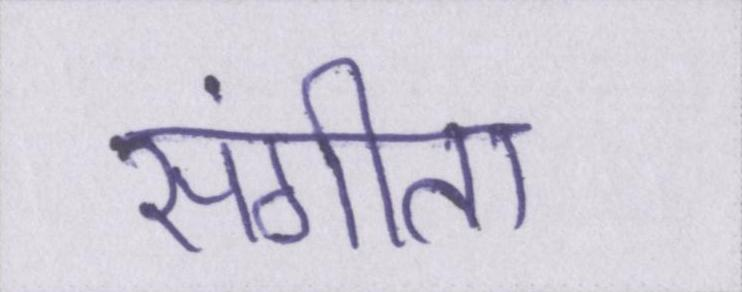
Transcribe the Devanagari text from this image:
संगीता